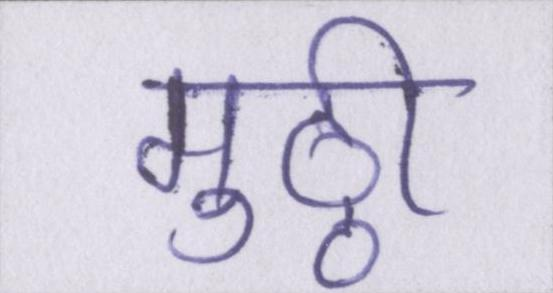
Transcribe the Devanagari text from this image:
मुठ्ठी